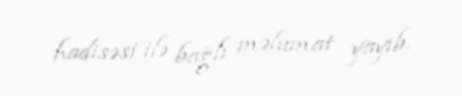
hadisəsi ilə bağlı məlumat yayıb.